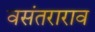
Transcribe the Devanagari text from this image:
वसंतराराव